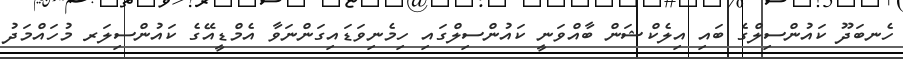
ހެނބަދޫ ކައުންސިލްގެ ބައި އިލެކްޝަން ބާއްވަނީ ކައުންސިލްގައި ހިމެނިވަޑައިގަންނަވާ އެމްޑީއޭގެ ކައުންސިލަރ މުހައްމަދު